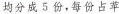
均分成5份，每份占苹